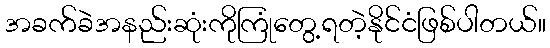
အခက်ခဲအနည်းဆုံးကိုကြုံတွေ့ရတဲ့နိုင်ငံဖြစ်ပါတယ်။